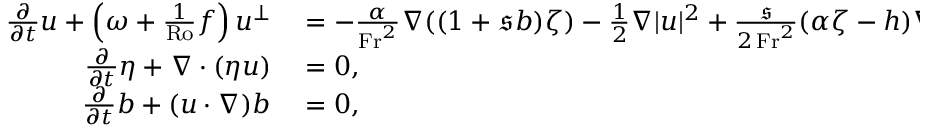
\begin{array} { r l } { \frac { \partial } { \partial t } \boldsymbol { u } + \left( \omega + \frac { 1 } { \mathrm { R o } } f \right) \boldsymbol { u } ^ { \perp } } & { { } = - \frac { \alpha } { \mathrm { F r } ^ { 2 } } \nabla ( ( 1 + \mathfrak { s } b ) \zeta ) - \frac { 1 } { 2 } \nabla | \boldsymbol { u } | ^ { 2 } + \frac { \mathfrak { s } } { 2 \, \mathrm { F r } ^ { 2 } } ( \alpha \zeta - h ) \nabla b , } \\ { \frac { \partial } { \partial t } \eta + \nabla \cdot ( \eta \boldsymbol { u } ) } & { { } = 0 , } \\ { \frac { \partial } { \partial t } b + ( \boldsymbol { u } \cdot \nabla ) b } & { { } = 0 , } \end{array}